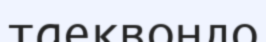
таеквондо